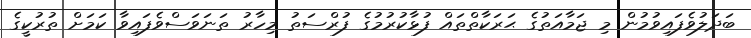
ބަދަލުވެފައިވުމުން މި ޖަމާއަތުގެ ޙަރަކާތްތައް ފުޅާކުރުމުގެ ފުރްސަތު މިހާރު ތަނަވަސްވެފައިވާ ކަމަށް ތުރުކީގެ